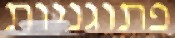
פתוגניות